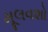
મૂલવશો